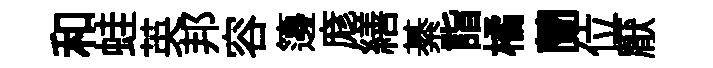
和蛙英邦容籩庬繕綦詣橘蘭位厭